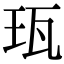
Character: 珁